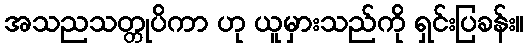
အသညသတ္တုပိကာ ဟု ယူမှားသည်ကို ရှင်းပြခန်း။